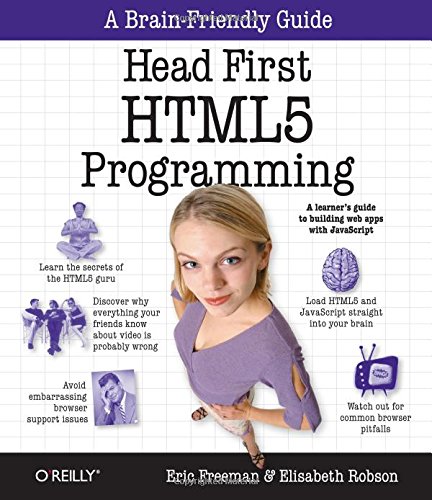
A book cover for Head First HTML5 Programming: Building Web Apps with JavaScript; Eric Freeman; Computers & Technology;